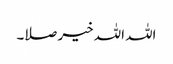
اللہ اللہ خیر صلا۔